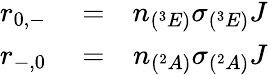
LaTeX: \begin{array}{rlr}{r_{0,-}}&{{}=}&{n_{(^{3}E)}\sigma_{(^{3}E)}J}\\ {r_{-,0}}&{{}=}&{n_{(^{2}A)}\sigma_{(^{2}A)}J}\end{array}